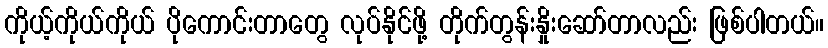
ကိုယ့်ကိုယ်ကိုယ် ပိုကောင်းတာတွေ လုပ်နိုင်ဖို့ တိုက်တွန်းနှိုးဆော်တာလည်း ဖြစ်ပါတယ်။